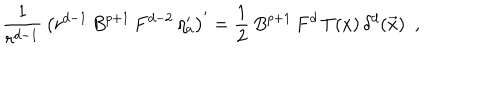
LaTeX: \frac { 1 } { r ^ { d - 1 } } \, \left( r ^ { d - 1 } \, B ^ { p + 1 } \, F ^ { d - 2 } \, \eta _ { a } ^ { \prime } \right) ^ { \prime } = \frac { 1 } { 2 } \, B ^ { p + 1 } \, F ^ { d } \, T ( x ) \, \delta ^ { d } ( \vec { x } ) ~ ~ ,